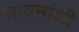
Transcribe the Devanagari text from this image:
भावनांशी